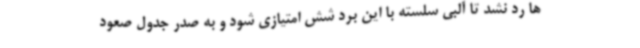
ها رد نشد تا آلبی سلسته با این برد شش امتیازی شود و به صدر جدول صعود